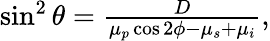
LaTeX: \begin{array}{r}{\sin^{2}\theta=\frac{D}{\mu_{p}\cos 2\phi-\mu_{s}+\mu_{i}},}\end{array}